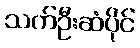
သက်ဦးဆံပိုင်